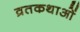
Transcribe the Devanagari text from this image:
व्रतकथाओं